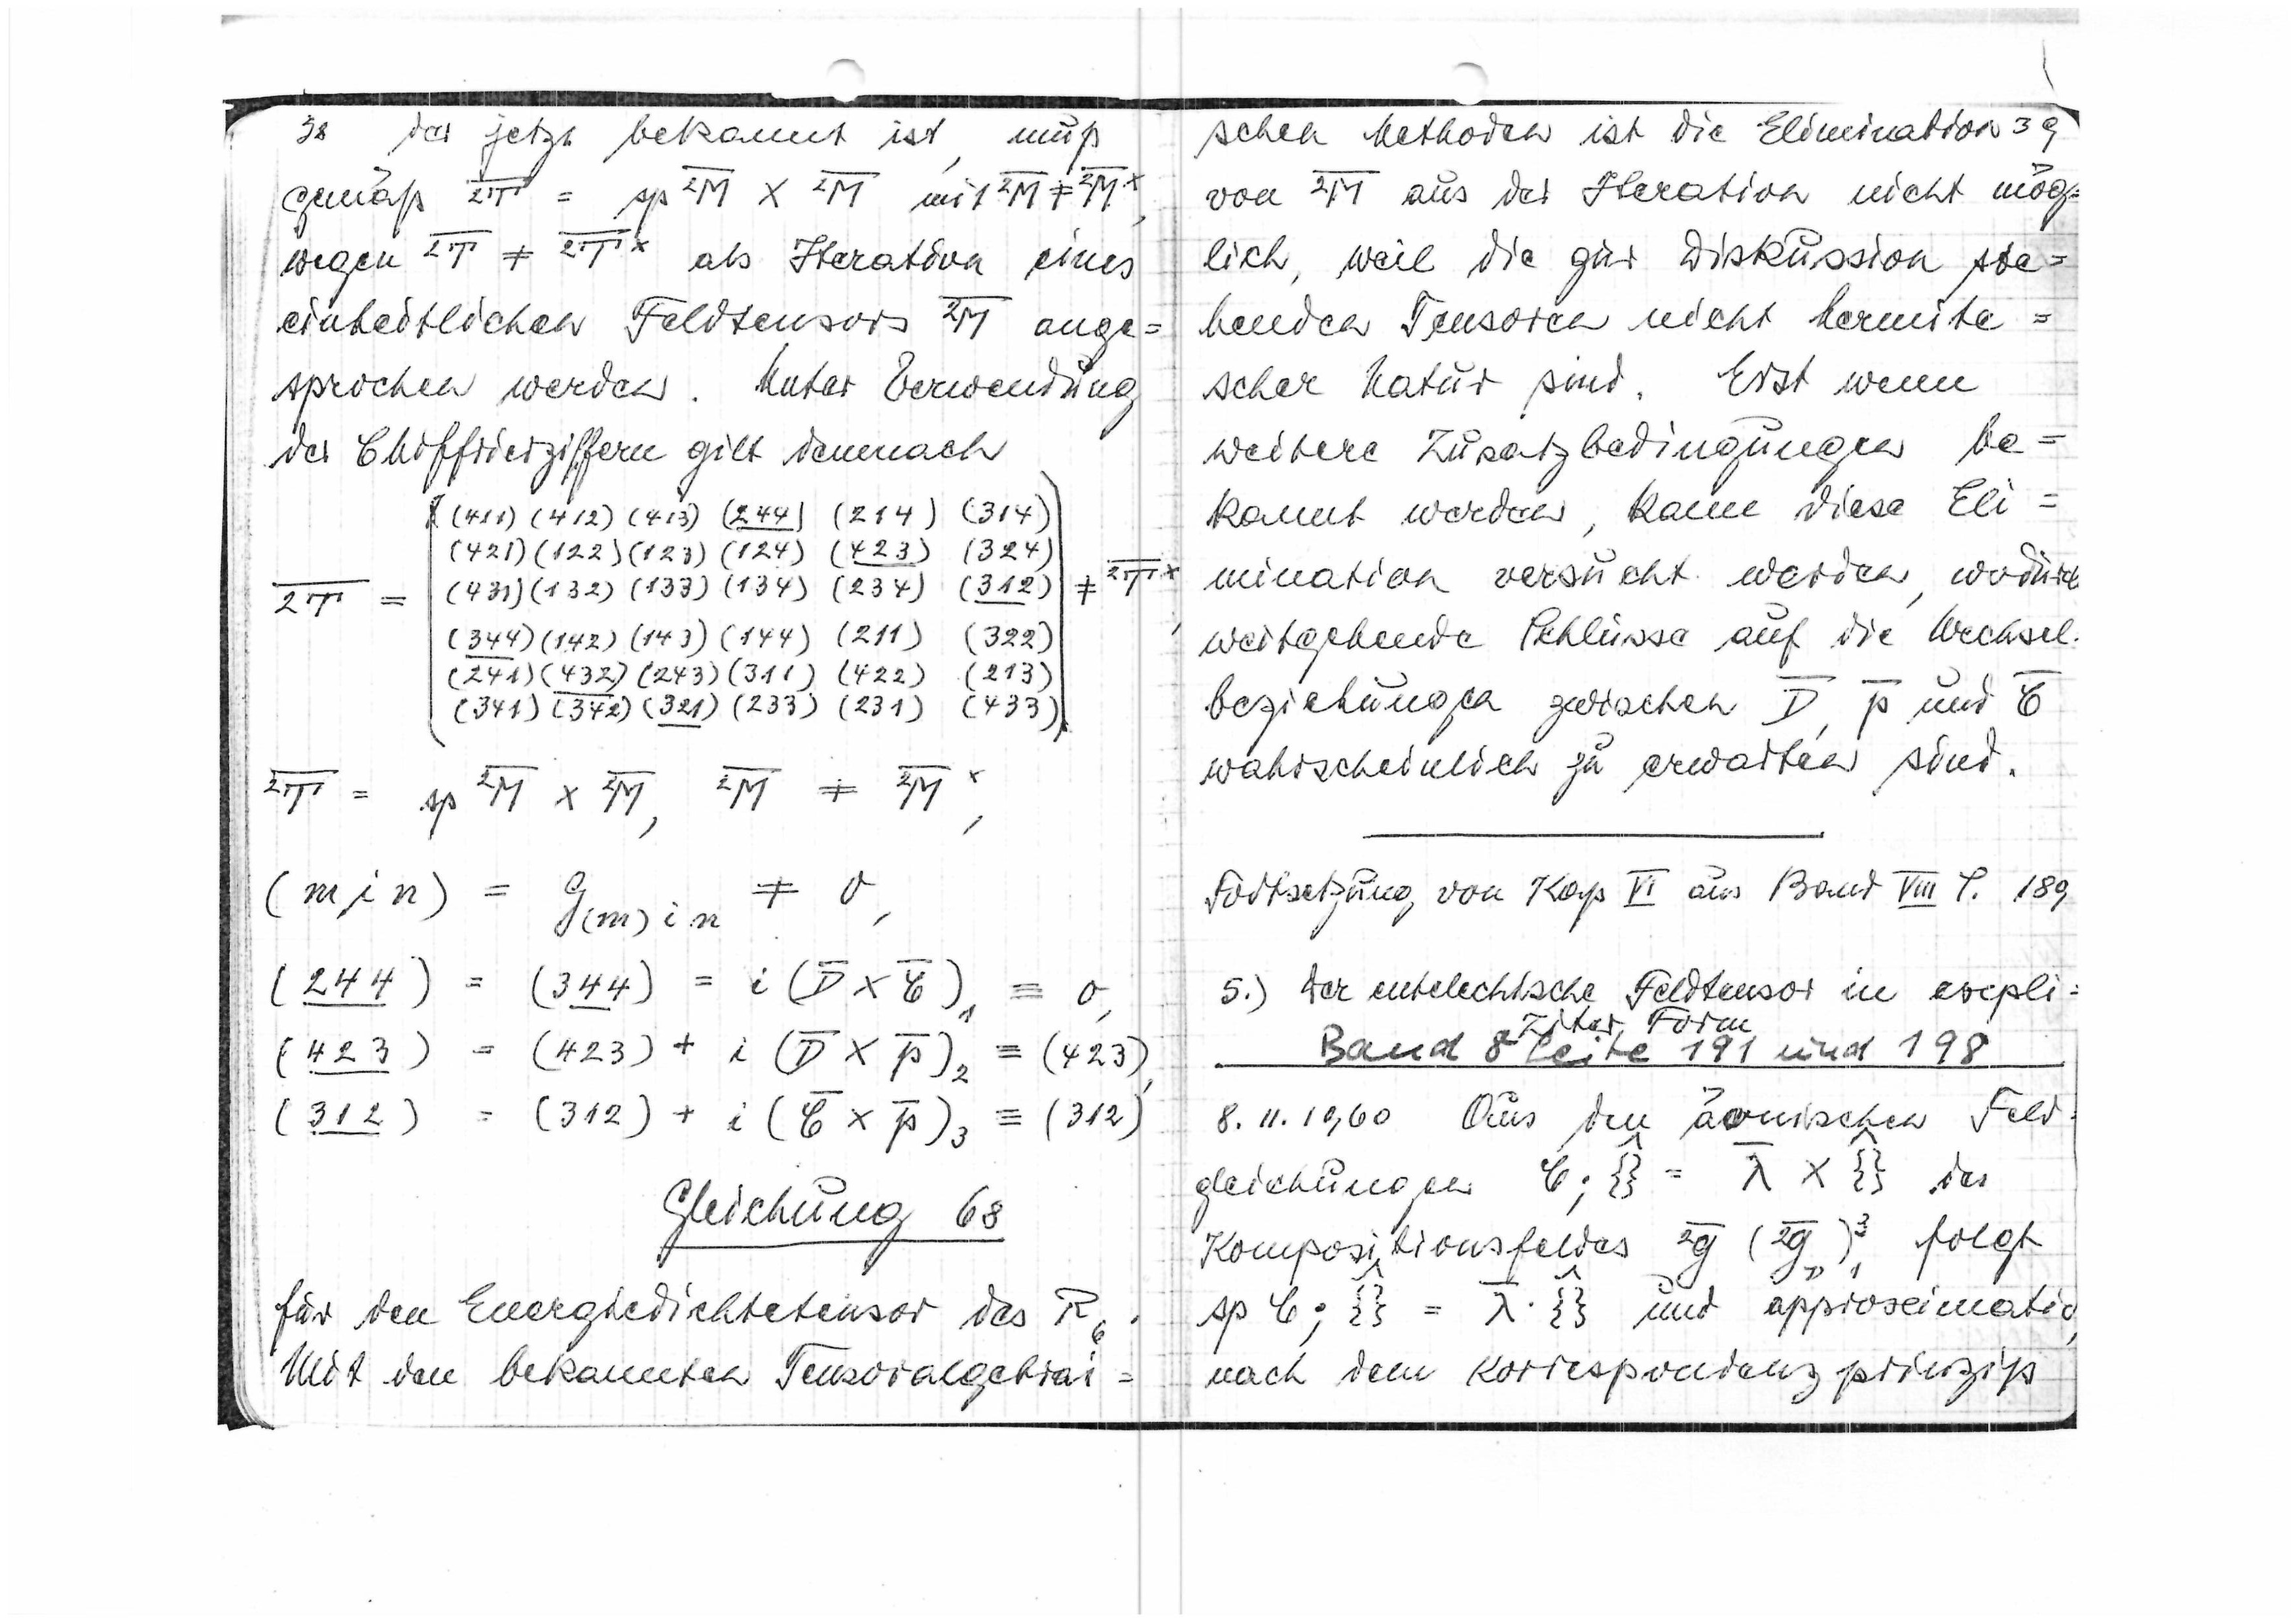
38
der jetzt bekannt ist, muß
gemäß

wegen

als Iteration eines
einheitlichen Feldtensors

ange=
sprochen werden. Unter Verwendung
der Chiffrierziffern gilt demnach

(411)(412)(413)(244)(214)(314)
(421)(122)(123)(124)(423)(324)
(431)(132)(133)(134)(234)(312)
(344)(142)(143)(144)(211)(322)
(241)(432)(243)(311)(422)(213)
(341)(342)(321)(233)(231)(433)

Gleichung 68
für den Energiedichtetensor des R6.
Mit den bekannten Tensoralgebrai=

schen Methoden ist die Elimination

von

aus der Iteration nicht mög=
lich, weil die zur Diskussion ste=
henden Tensoren nicht hermiti=
scher Natur sind. Erst wenn
weitere Zusatzbedingungen be=
kannt werden, kann diese Eli=
mination versucht werden, wodurch
weitgehende Schlüsse auf die Wechsel
beziehungen zwischen

und

wahrscheinlich zu erwarten sind.

Fortsetzung von Kap. VI aus Band VIII S. 189
5.) Der entelechiale Feldtensor in expli=
ziter Form
Band 8 Seite 191 und 198
8.11.1960 Aus den äonischen Feld
gleichungen

des
Kompositionsfeldes

folgt

und approximativ
nach dem Korrespondenzprinzip